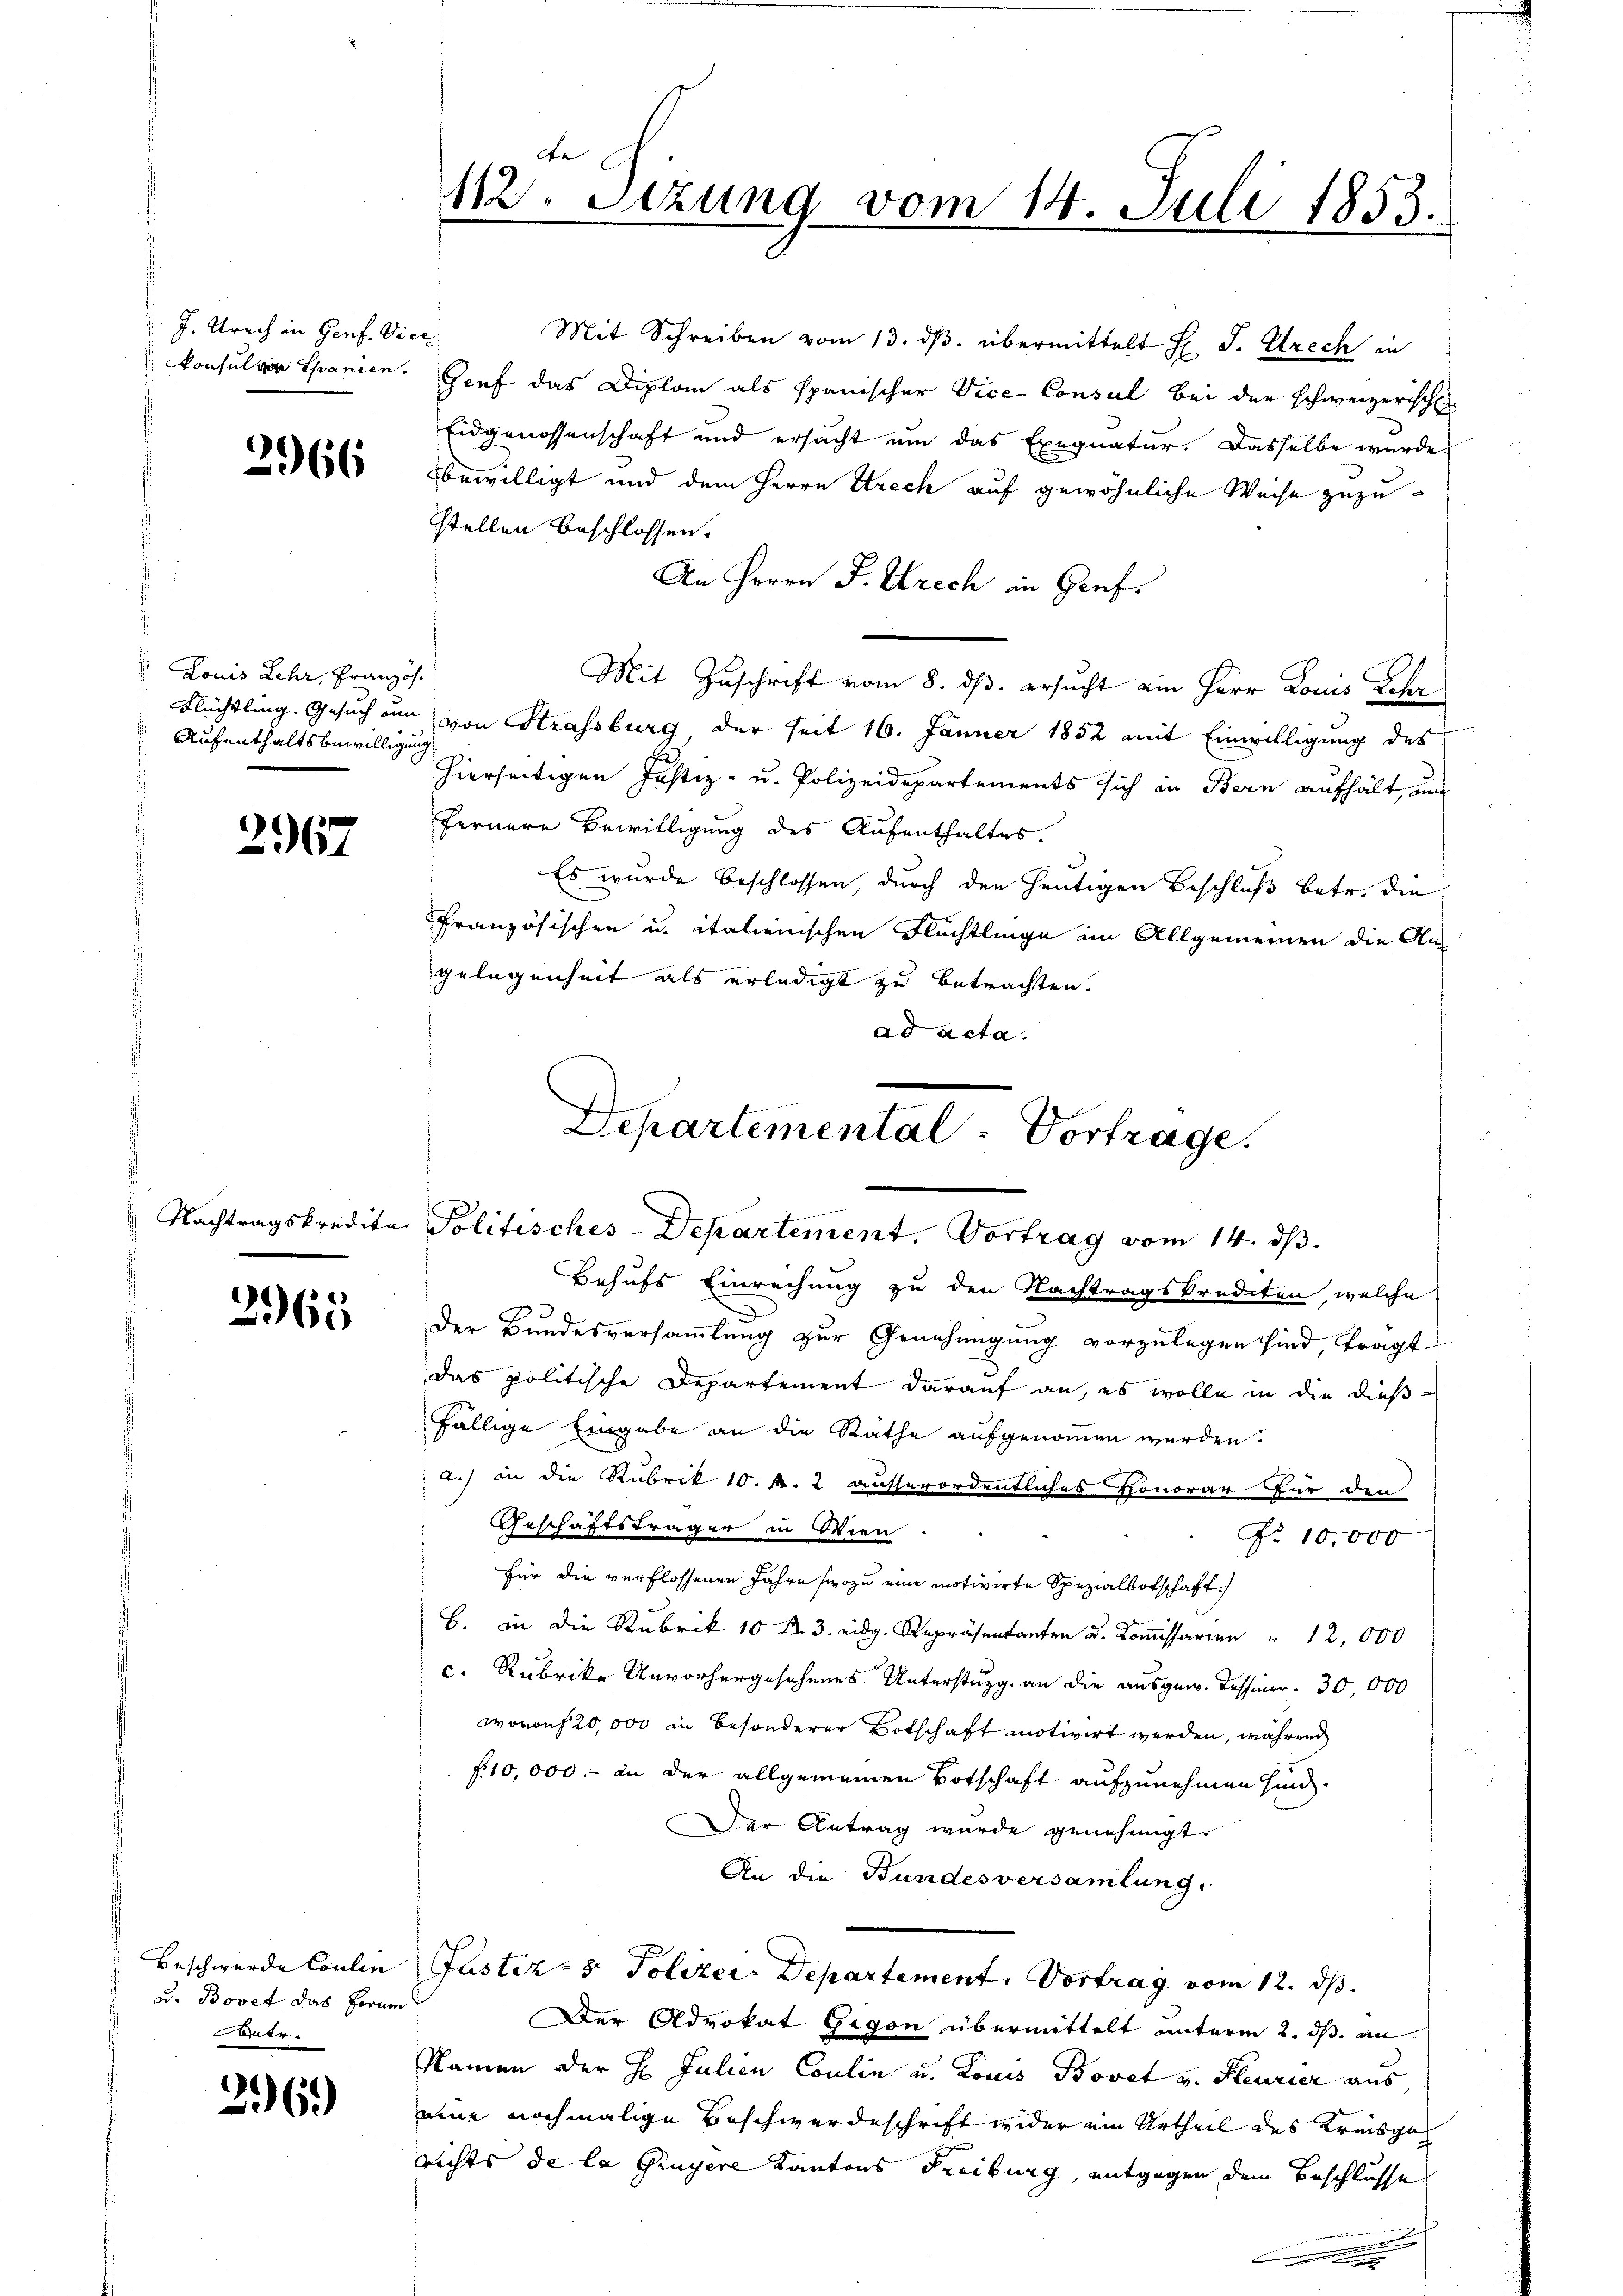
J. Krach in Genf. Vice

2966

Louis Lehr, Französ.
Aufenthaltsbewilligung

2967

2965

u. Bovet das Forum
ner.

296.)

Mit Schreiben vom 13. dβ übermittelt H. J. Strech in
konsulver Spanien. Genf das Diplom als spanischer Vice-Consul bei der schweizerische
Eidgenossenschaft und ersucht um das Exequatur. Dasselbe wurde
bewilligt und dem Herrn Strech auf gewöhnliche Weise zuzu¬
Stellen beschlossen:
An Herrn J. Strech in Gruf.
Mit Zuschrift vom 8. ds. ersucht ein Herr Louis Lohn
Flüchtling. Gesuch um von Strassburg der seit 16. Jänner 1852 mit Einwilligung des
hierseitigen Justiz- u. Polizeidepartements sich in Bern aufhält, um
fernere Bewilligung des Aufenthaltes.
Es wurde beschlossen, durch den heutigen Beschluß betr. die
Französischen u. italienischen Flüchtlinge im Allgemeinen die Aus
gelegenheit als erledigt zu betrachten.
ad acta.

112. Setzung vom 14. Juli 1853.

Departemental - Vortrage.
Nachtragskredita Politisches-Departement, Vortrag vom 14. ds.

Behufs Einrechung zu den Nachtragskrediten, welche
Der Bundesversammlung zur Genehmigung vorzulegen sind, tragt
das politische Departement darauf an, es wolle in die dießfällige Eingabe an die Räthe aufgenommen werden.
2.) an die Rubrik 10. r. 2 ausserordentliches Honorar für den
Geschäftsträger in Wien.
No 10,000
für die verflossenen Jahre (wozu eine motivirte Spezialbotschaft
.
c. Rubrike Unvorhergesehenes Unterstung an die ausgew. Tessiner.  30,000
wovon 20,000 in besonderer Botschaft motivirt werden, während
f. 10,000.- an der allgemeinen Botschaft aufzunehmen sind.
Der Antrag wurde genehmigt.
An die Bundesversamlung.
Beschwerde Coulin Justiz- & Polizei- Departement. Vortrag vom 12. ds.
Der Advokat Gegen übermittelt unterm 2. ds. an
Namen der H. Julien Coulin u. Louis Bovet v. Feurier aus
eine nochmalige Beschwerdeschrift wider ein Urtheil des Kreisga
richts de la Gruyere Kantons Freiburg, entgegen dem Beschlusse